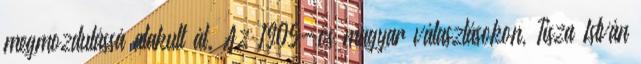
megmozdulássá alakult át. Az 1905-ös magyar választásokon, Tisza István